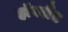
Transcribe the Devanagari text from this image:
हॉवलैंड